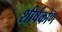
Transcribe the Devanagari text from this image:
शीर्षकोण